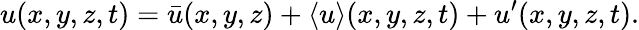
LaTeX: u(x,y,z,t)=\bar{u}(x,y,z)+\langle u\rangle(x,y,z,t)+u^{\prime}(x,y,z,t).